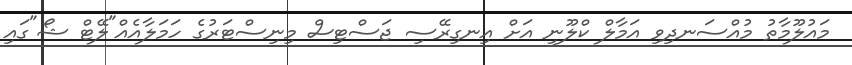
މައުލޫމާތު މުއްސަނދިވި އަމާލް ކްލޫނީ އަށް އިނގިރޭސި ޖަސްޓިސް މިނިސްޓަރުގެ ހަމަލާއެއް"ލޭޓް ޝޯ"ގައި